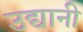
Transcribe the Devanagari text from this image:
उद्यानी